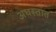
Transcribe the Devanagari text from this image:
अधस्तात